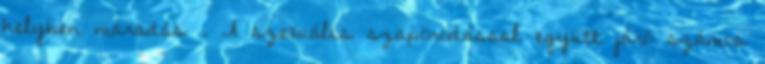
helyben maradás . A szexuális szaporodással együtt járó számos